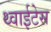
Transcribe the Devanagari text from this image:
थ्वाईटेस